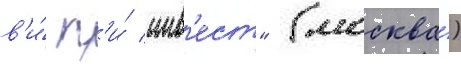
в'и́ п'и́ инв'ест" (москва́)